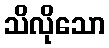
သိလိုသော